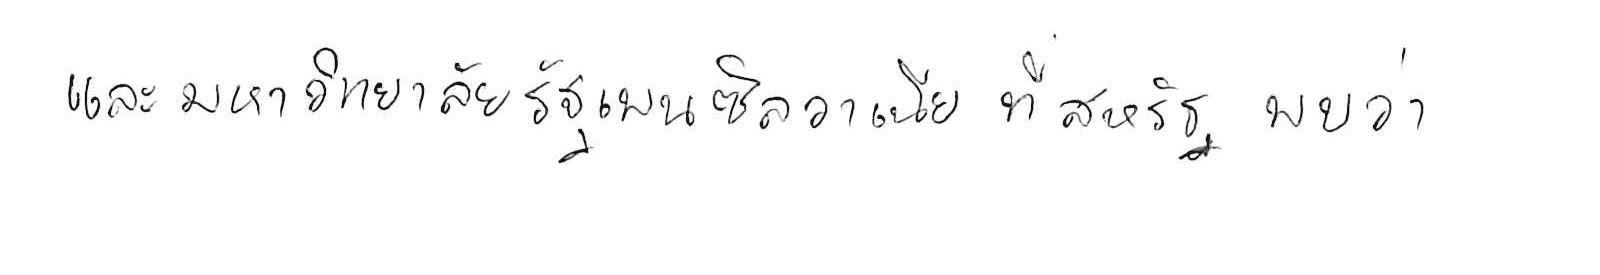
และมหาวิทยาลัยรัฐเพนซิลวาเนีย ที่สหรัฐ พบว่า